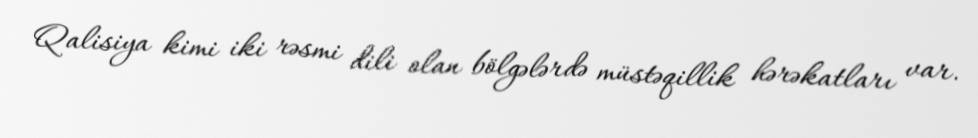
Qalisiya kimi iki rəsmi dili olan bölgələrdə müstəqillik hərəkatları var.